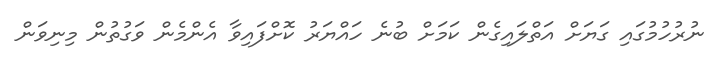
ނުރުހުމުގައި ގަޔަށް އަތްލައިގެން ކަމަށް ބުނެ ހައްޔަރު ކޮށްފައިވާ އެންމެން ވަގުތުން މިނިވަން